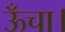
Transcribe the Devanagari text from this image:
ऊँचा।